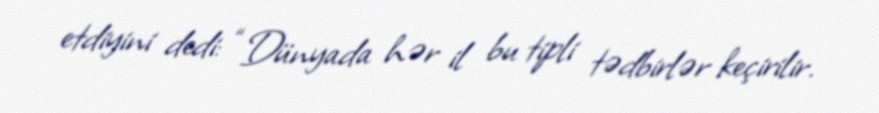
etdiyini dedi: “Dünyada hər il bu tipli tədbirlər keçirilir.